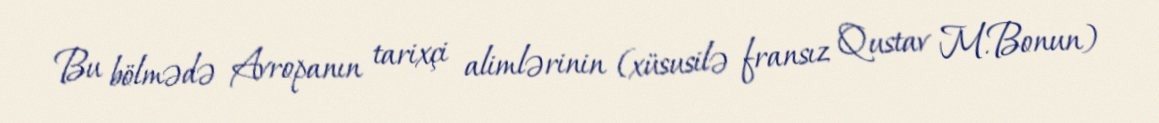
Bu bölmədə Avropanın tarixçi alimlərinin (xüsusilə fransız Qustav M.Bonun)